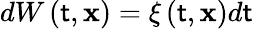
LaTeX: dW\left(\mathsf{t},\mathbf{{x}}\right)=\xi\left(\mathsf{t},\mathbf{{x}}\right)d\mathsf{t}